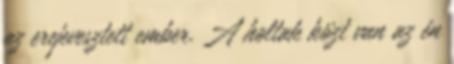
az erejevesztett ember. A holtak közt van az én